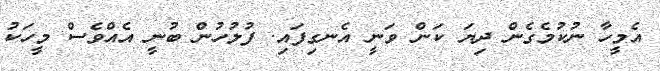
އެމީހާ ނުކުމެގެން ދިޔަ ކަން ވަނީ އެނގިފައި. ފުލުހުން ބުނީ އެއްވެސް މީހަކު